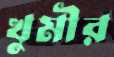
খুমীর